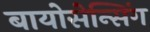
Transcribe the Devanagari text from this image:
बायोसेन्सिंग